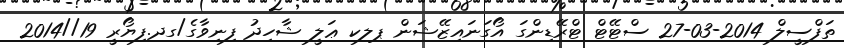
ތަފްސީލް 2014-03-27 ސްޓޭޓް ޓްރޭޑިންގަ އޯގަނައިޒޭޝަން ޕލކ ޢަލީ ޝާހިދު ފިނިވާގެ/ގދ.ފިޔޯރީ 19//2014